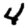
Digit: 4